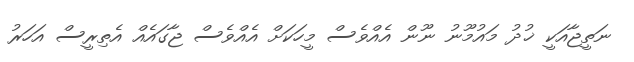
ނަތީޖާއަކީ ޚުދު މައުމޫނު ނޫން އެއްވެސް މީހަކަށް އެއްވެސް ޖާގައެއް އެތިރީސް އަހަރު